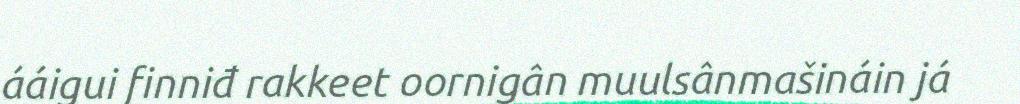
ááigui finniđ rakkeet oornigân muulsânmašináin já